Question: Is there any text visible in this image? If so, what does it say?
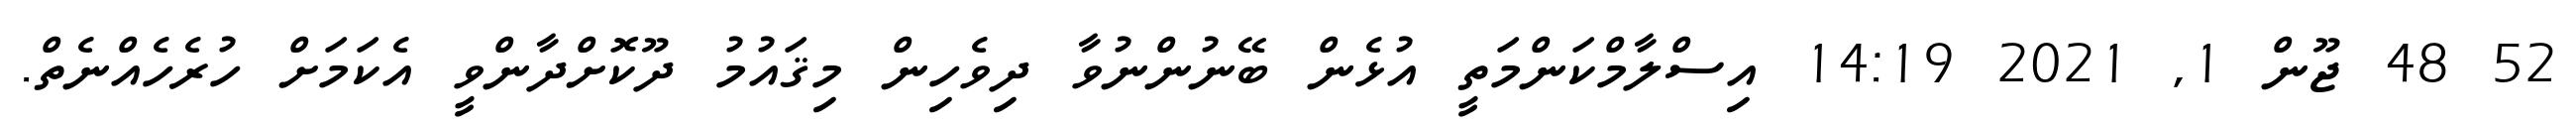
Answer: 52 48 ޖޫން 1, 2021 14:19 އިސްލާމްކަންމަތީ އުޅެން ބޭނުންނުވާ ދިވެހިން މިޤައުމު ދޫކޮށްދާންވީ އެކަމަށް ހުރެހެއްނެތް.